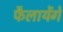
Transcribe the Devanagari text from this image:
फैलायेंगे